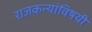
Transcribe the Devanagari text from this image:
राजकन्यांविषयी